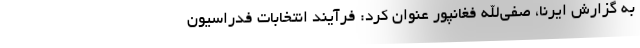
به گزارش ایرنا، صفی‌الله فغانپور عنوان کرد: فرآیند انتخابات فدراسیون